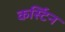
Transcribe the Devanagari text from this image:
कर्स्टिन